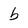
Character: b